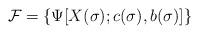
LaTeX: \begin{align*}{\cal F} =\{\Psi[X (\sigma); c (\sigma), b(\sigma)]\}\end{align*}